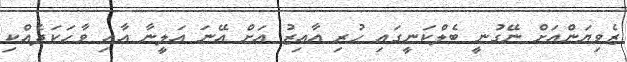
ޒެވިޔަންއަށް ނޭގުނީ ބެލްކަނީގައި ހުރި އާއިޒު އަށް އޭނަ އަލީނާ އާއި ވާހަކަދެއްކި